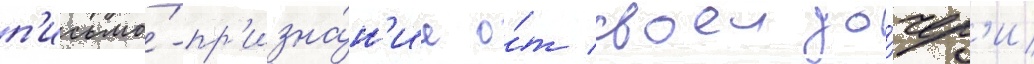
п'исьмо́-пр'изна́н'ие о́т своеи до́чер'и